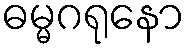
ဓမ္မဂရုနော